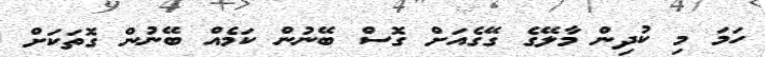
ހަމަ މި ކުދިން މާލޭގެ ގޭގެއަށް ގޮސް ބޭނުން ކަމެއް ބޭނުން ގޮތަކަށް